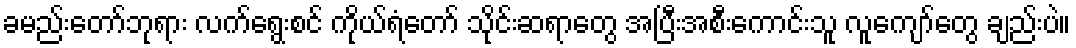
ခမည်းတော်ဘုရား လက်ရွေးစင် ကိုယ်ရံတော် သိုင်းဆရာတွေ အပြီးအစီးကောင်းသူ လူကျော်တွေ ချည်းပဲ။